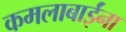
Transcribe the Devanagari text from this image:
कमलाबाईंना